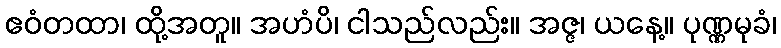
ဧဝံတထာ၊ ထို့အတူ။ အဟံပိ၊ ငါသည်လည်း။ အဇ္ဇ၊ ယနေ့။ ပုဏ္ဏမုခံ၊